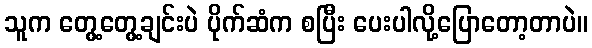
သူက တွေ့တွေ့ချင်းပဲ ပိုက်ဆံက စပြီး ပေးပါလို့ပြောတော့တာပဲ။